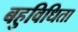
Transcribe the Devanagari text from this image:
बहुविधिता